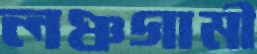
লঞ্চগামী